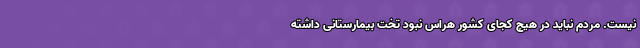
نیست. مردم نباید در هیچ کجای کشور هراس نبود تخت بیمارستانی داشته